Indian journal of veterinary science and animal husbandry - Volume 5,
Year: 1935
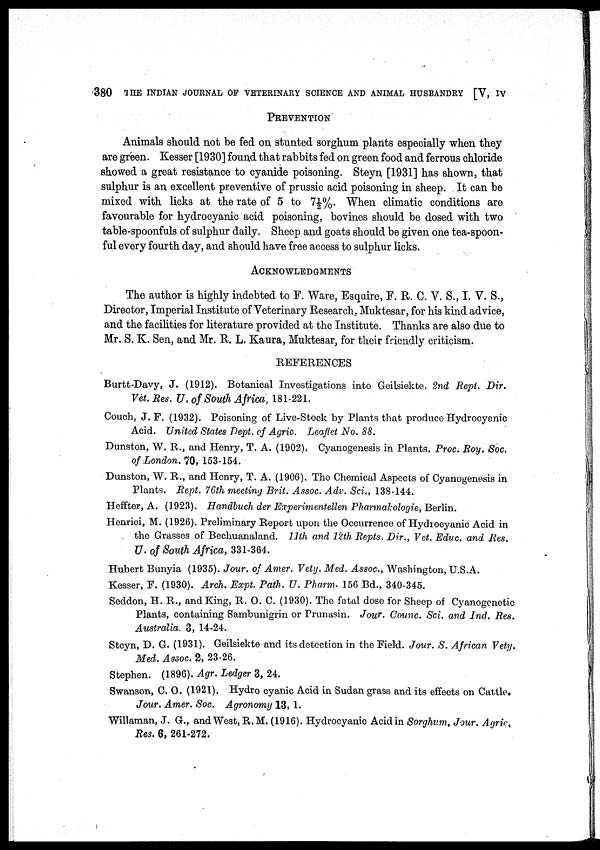
380 THE INDIAN JOURNAL OF VETERINARY SCIENCE AND ANIMAL HUSBANDRY [V, IV
PREVENTION
Animals should not be fed on stunted sorghum plants especially when they
are green. Kesser [1930] found that rabbits fed on green food and ferrous chloride
showed a great resistance to cyanide poisoning. Steyn [1931] has shown, that
sulphur is an excellent preventive of prussic acid poisoning in sheep. It can be
mixed with licks at the rate of 5 to 7½%. When climatic conditions are
favourable for hydrocyanic acid poisoning, bovines should be dosed with two
table-spoonfuls of sulphur daily. Sheep and goats should be given one tea-spoon-
ful every fourth day, and should have free access to sulphur licks.
ACKNOWLEDGMENTS
The author is highly indebted to F. Ware, Esquire, F. R. C. V. S., I. V. S.,
Director, Imperial Institute of Veterinary Research, Muktesar, for his kind advice,
and the facilities for literature provided at the Institute. Thanks are also due to
Mr. S. K. Sen, and Mr. R. L. Kaura, Muktesar, for their friendly criticism.
REFERENCES
Burtt-Davy, J. (1912). Botanical Investigations into Geilsiekte. 2nd Rept. Dir.
Vet. Res. U. of South Africa, 181-221.
Couch, J. F. (1932). Poisoning of Live-Stock by Plants that produce Hydrocyanic
Acid. United States Dept. of Agric. Leaflet No. 88.
Dunston, W. R., and Henry, T. A. (1902). Cyanogenesis in Plants. Proc. Roy. Soc.
of London. 70, 153-154.
Dunston, W. R., and Henry, T. A. (1906). The Chemical Aspects of Cyanogenesis in
Plants. Rept. 76th meeting Brit. Assoc. Adv. Sci., 138-144.
Heffter, A. (1923). Handbuch der Experimentellen Pharmakologie, Berlin.
Henrici, M. (1926). Preliminary Report upon the Occurrence of Hydrocyanic Acid in
the Grasses of Bechuanaland. 11th and 12th Repts. Dir., Vet. Educ. and Res.
U. of South Africa, 331-364.
Hubert Bunyia (1935). Jour. of Amer. Vety. Med. Assoc., Washington, U.S.A.
Kesser, F. (1930). Arch. Expt. Path. U. Pharm. 156 Bd., 340-345.
Seddon, H. R., and King, R. O. C. (1930). The fatal dose for Sheep of Cyanogenetic
Plants, containing Sambunigrin or Prunasin. Jour. Counc. Sci. and Ind. Res.
Australia. 3, 14-24.
Stcyn, D. G. (1931). Geilsiekte and its detection in the Field. Jour. S. African Vety.
Med. Assoc. 2, 23-26.
Stephen. (1896). Agr. Ledger 3, 24.
Swanson, C. O. (1921). Hydro cyanic Acid in Sudan grass and its effects on Cattle.
Jour. Amer. Soc. Agronomy 13, 1.
Willaman, J. G., and West, R.M. (1916). Hydrocyanic Acid in Sorghum. Jour. Agric
Res. 6, 261-272.